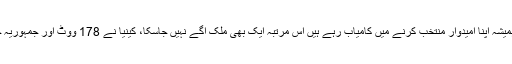
دوسری جانب افریقی ممالک جو ہمیشہ اپنا امیدوار منتخب کرنے میں کامیاب رہے ہیں اس مرتبہ ایک بھی ملک آگے نہیں جاسکا، کینیا نے 178 ووٹ اور جمہوریہ جبوتی نے 78 ووٹ حاصل کیے۔